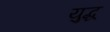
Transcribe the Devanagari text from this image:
युद्ध्